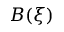
B ( \xi )